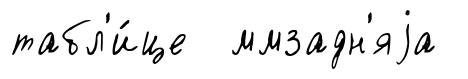
табл'и́це ммзадн'яjа